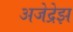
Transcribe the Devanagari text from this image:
अजेद्रेझ